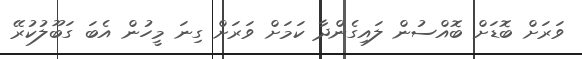
ވަރަށް ބޮޑަށް ބޮއްސުން ލައިގެންދާ ކަމަށް ވަރަށް ގިނަ މީހުން އެބަ ގަބޫލުކުރޭ